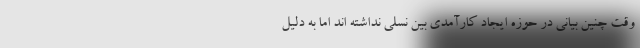
وقت چنین بیانی در حوزه ایجاد کارآمدی بین نسلی نداشته اند اما به دلیل